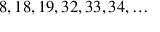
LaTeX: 8 , 1 8 , 1 9 , 3 2 , 3 3 , 3 4 , \dots